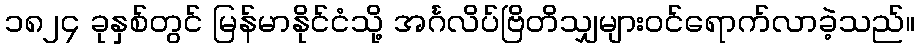
၁၈၂၄ ခုနှစ်တွင် မြန်မာနိုင်ငံသို့ အင်္ဂလိပ်ဗြိတိသျှများဝင်ရောက်လာခဲ့သည်။